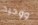
ووحيد